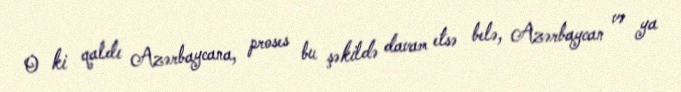
O ki qaldı Azərbaycana, proses bu şəkildə davam etsə belə, Azərbaycan və ya